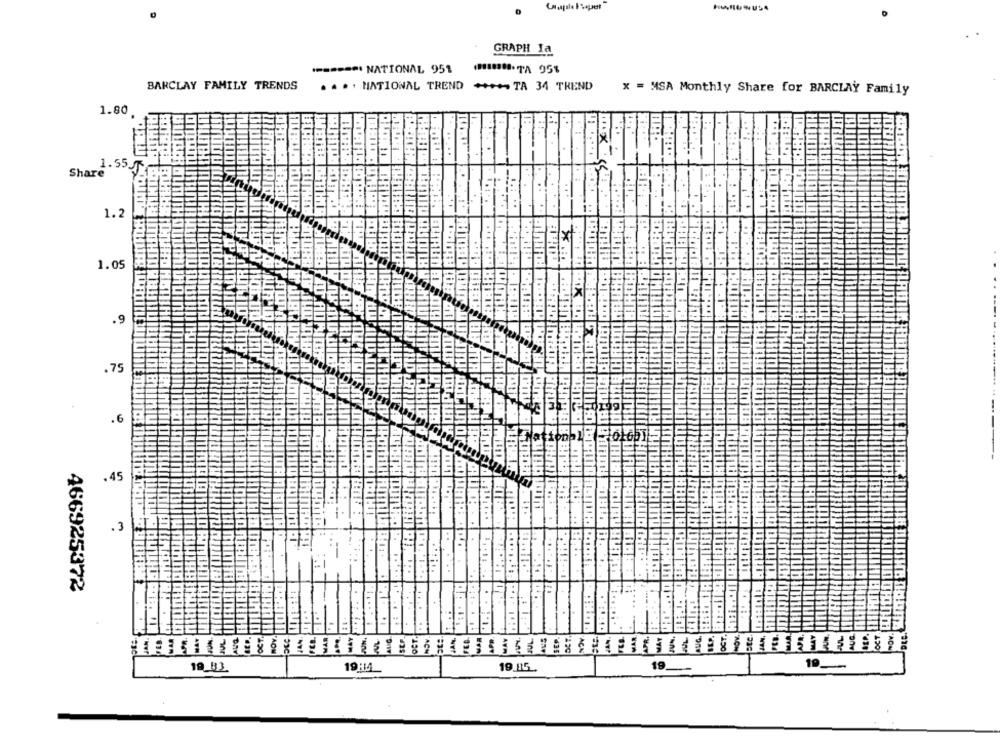
Capite Iupet
-UNU54
GRAPH Ia
-===== NATIONAL 951 90-TA 951
BARCLAY FAMILY TRENDS
. . .. NATIONAL TREND +TA 34 TREND
X = MSA Monthly Share for BARCLAY Family
1.80
....
1.55_
Share
1.2
1.05
.9
.75
.6
.45
. 3
466925372
19_83
19:4
19
19-
19.15